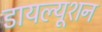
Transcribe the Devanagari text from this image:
डायल्यूशन